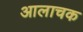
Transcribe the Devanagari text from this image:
आलाचक